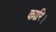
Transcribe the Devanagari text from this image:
कारि।